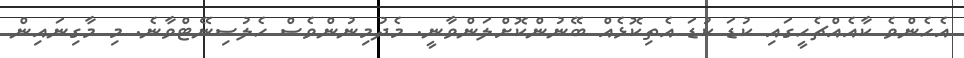
އެހެންވެ ކާއެއްޗެހީގައި ކުޑަ ކުޑަ އެތިކޮޅެއް ބޭނުންކޮށްލަންވާނީ. މެދުމިނުންވެސް ހެލުސިނޭޓްވާނެ. މި މާގިނައިން